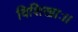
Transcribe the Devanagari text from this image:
विशिखाः।।